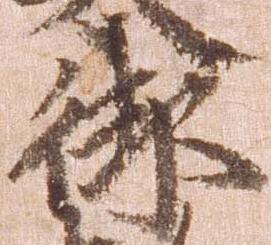
御